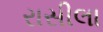
રાસીલા